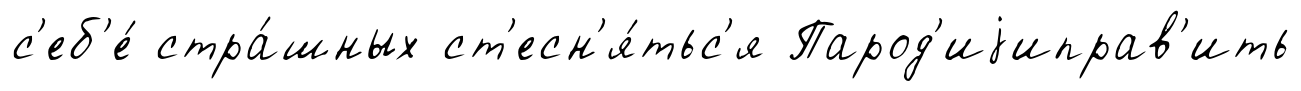
с'еб'е́ стра́шных ст'есн'я́тьс'я Парод'иjиправ'ить